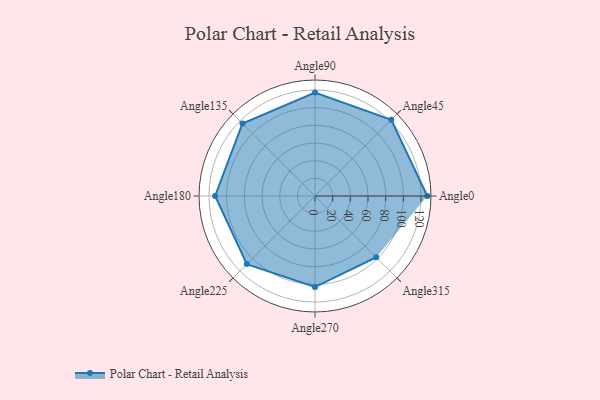
{"axis": {"x": "Angle", "y": "Radius"}, "legend": [""], "data": [{"x": "Angle0", "y": 127.0, "type": ""}, {"x": "Angle45", "y": 122.0, "type": ""}, {"x": "Angle90", "y": 117.0, "type": ""}, {"x": "Angle135", "y": 116.0, "type": ""}, {"x": "Angle180", "y": 113.0, "type": ""}, {"x": "Angle225", "y": 109.0, "type": ""}, {"x": "Angle270", "y": 103.0, "type": ""}, {"x": "Angle315", "y": 98.0, "type": ""}]}